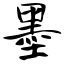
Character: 墨